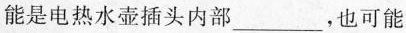
能是电热水壶插头内部___ ，也可能